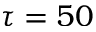
\tau = 5 0